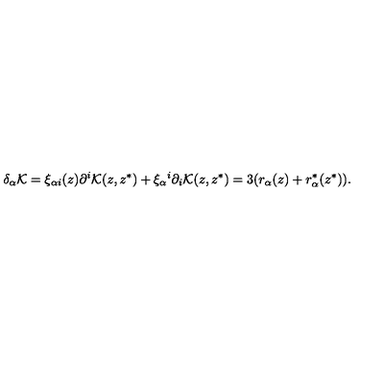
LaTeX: \delta _ { \alpha } { \cal K } = \xi _ { \alpha i } ( z ) \partial ^ { i } { \cal K } ( z , z ^ { * } ) + \xi _ { \alpha } { } ^ { i } \partial _ { i } { \cal K } ( z , z ^ { * } ) = 3 ( r _ { \alpha } ( z ) + r _ { \alpha } ^ { * } ( z ^ { * } ) ) .